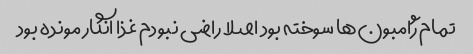
تمام ژامبون‌ها سوخته بود اصلا راضی نبودم غذا انگار مونده بود